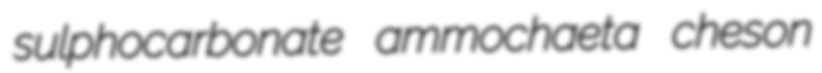
sulphocarbonate ammochaeta cheson